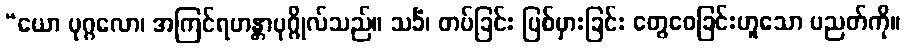
“ယော ပုဂ္ဂလော၊ အကြင်ရဟန္တာပုဂ္ဂိုလ်သည်။ သင်္ခံ၊ တပ်ခြင်း ပြစ်မှားခြင်း တွေဝေခြင်းဟူသော ပညတ်ကို။